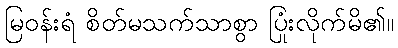
မြဝန်းရံ စိတ်မသက်သာစွာ ပြုံးလိုက်မိ၏။